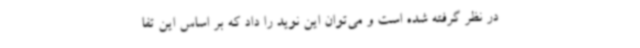
در نظر گرفته شده است و می‌توان این نوید را داد که بر اساس این تفا